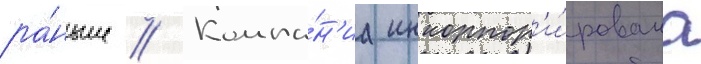
ра́ньше // Компа́н'иа инкорпор'и́рована